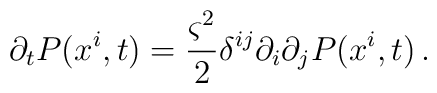
\partial_t P(x^i,t) = \frac{\varsigma^2}{2}\delta^{ij}\partial_i \partial_j P(x^i,t) \, .